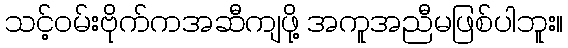
သင့်ဝမ်းဗိုက်ကအဆီကျဖို့ အကူအညီမဖြစ်ပါဘူး။